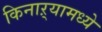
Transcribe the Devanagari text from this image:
किनाऱ्यामध्ये